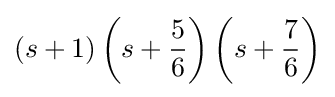
(s+1)\left(s+{\frac {5}{6}}\right)\left(s+{\frac {7}{6}}\right)